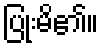
ပြုံးမိ၏။